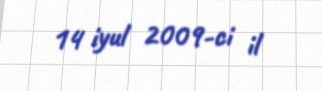
14 iyul 2009-ci il